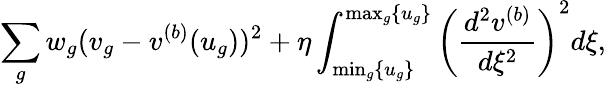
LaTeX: \sum_{g}w_{g}(v_{g}-v^{(b)}(u_{g}))^{2}+\eta\int_{\operatorname*{min}_{g}\{ u_{g}\} }^{\operatorname*{max}_{g}\{ u_{g}\} }\left(\frac{d^{2}v^{(b)}}{d\xi^{2}}\right)^{2}d\xi,